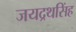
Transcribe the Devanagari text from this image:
जयद्रथसिंह